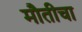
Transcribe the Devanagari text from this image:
मौतीचा